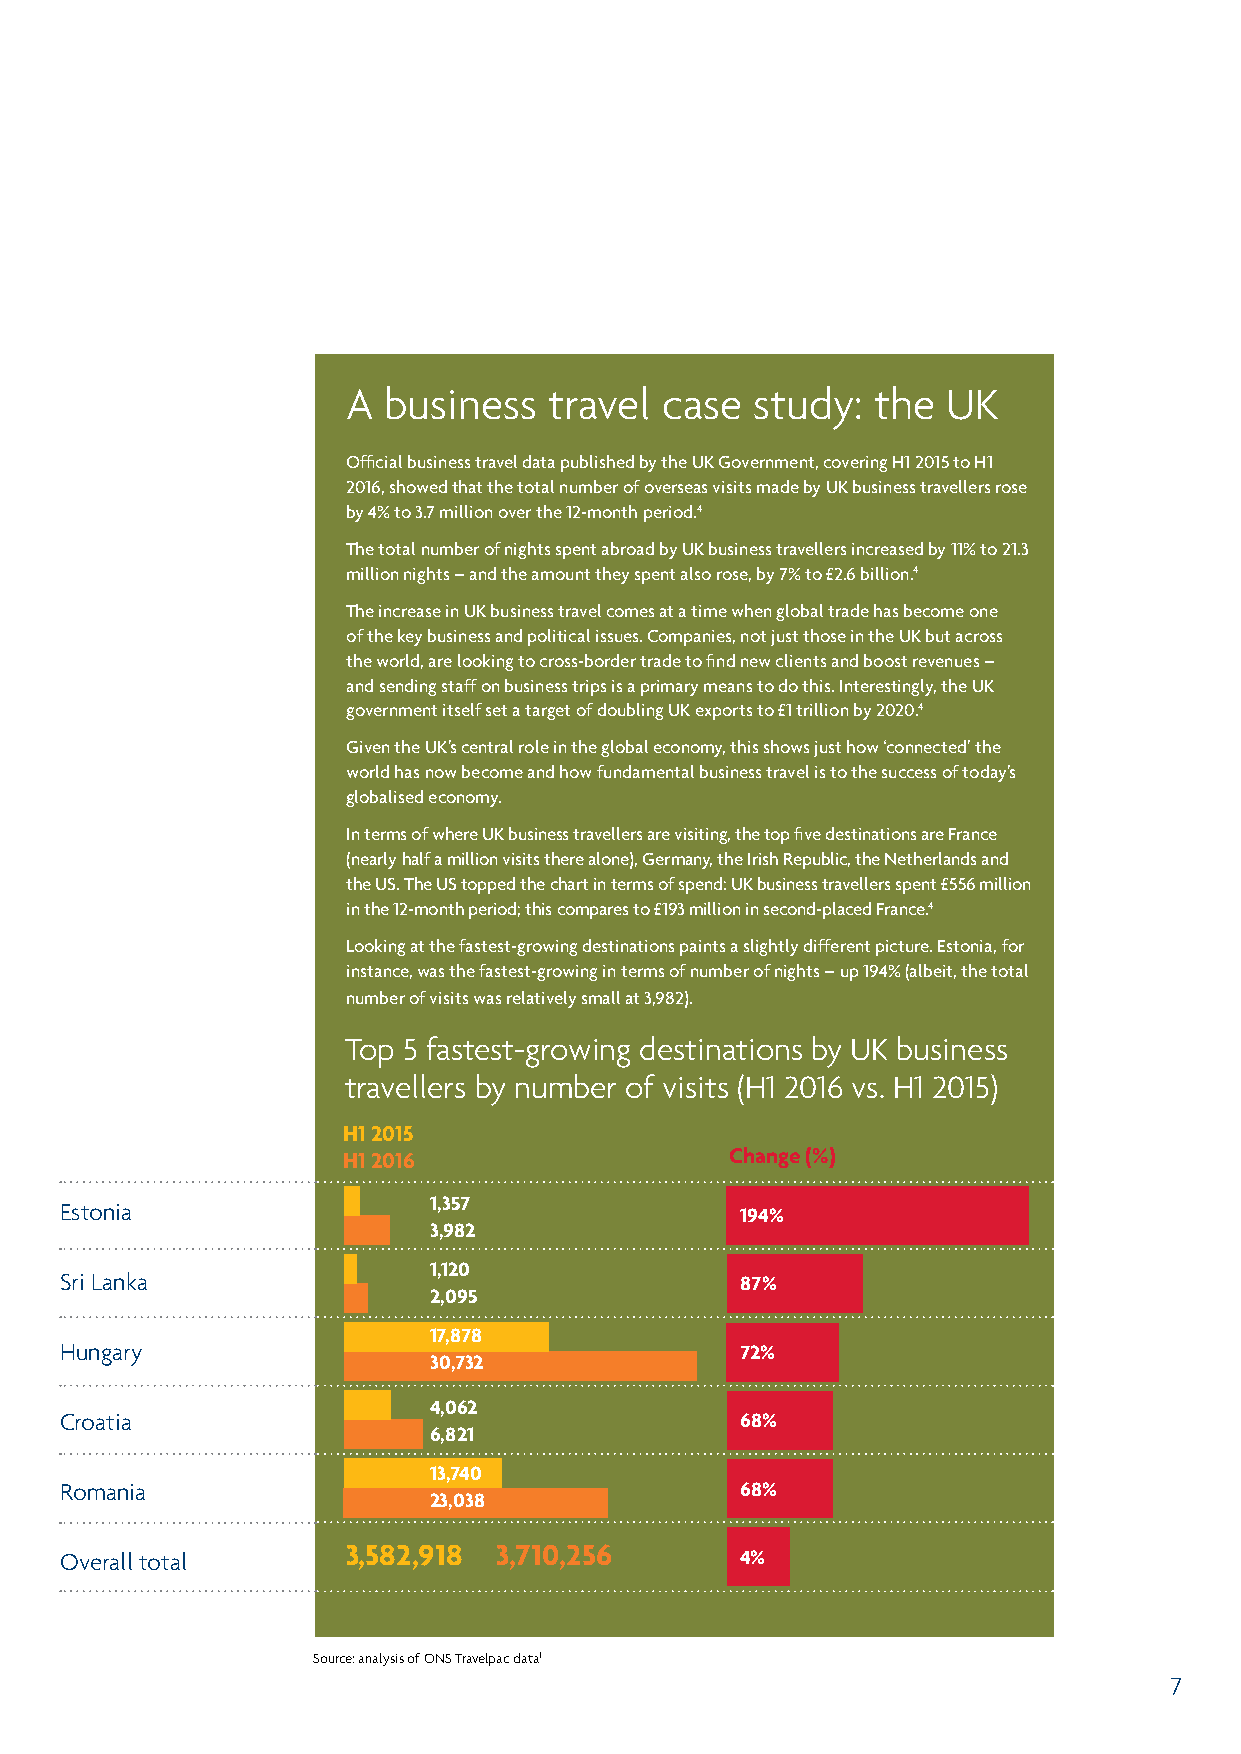
A business   travel  case  study:  the  UK
 Official business travel data published by the UK Government, covering H1 2015 to H1
 2016, showed that the total number of overseas visits made by UK business travellers rose
 by 4% to 3.7 million over the 12-month period.4
 The total number of nights spent abroad by UK business travellers increased by 11% to 21.3
 million nights – and the amount they spent also rose, by 7% to £2.6 billion.4
 The increase in UK business travel comes at a time when global trade has become one
 of the key business and political issues. Companies, not just those in the UK but across
 the world, are looking to cross-border trade to find new clients and boost revenues –
 and sending staff on business trips is a primary means to do this. Interestingly, the UK
 government itself set a target of doubling UK exports to £1 trillion by 2020.4
 Given the UK’s central role in the global economy, this shows just how ‘connected’ the
 world has now become and how fundamental business travel is to the success of today’s
 globalised economy.
 In terms of where UK business travellers are visiting, the top five destinations are France
 (nearly half a million visits there alone), Germany, the Irish Republic, the Netherlands and
 the US. The US topped the chart in terms of spend: UK business travellers spent £556 million
 in the 12-month period; this compares to £193 million in second-placed France.4
 Looking at the fastest-growing destinations paints a slightly different picture. Estonia, for
 instance, was the fastest-growing in terms of number of nights – up 194% (albeit, the total
 number of visits was relatively small at 3,982).
 Top 5 fastest-growing destinations by UK business
 travellers by number of visits (H1 2016 vs. H1 2015)
 H1 2015
 H1 2016                  Change (%)
 1,357
 Estonia                                      194%
 3,982
 1,120
 Sri Lanka                                    87%
 2,095
 17,878
 Hungary                                      72%
 30,732
 4,062
 Croatia                                      68%
 6,821
 13,740
 Romania                                      68%
 23,038
 3,582,918 3,710,256
 Overall total                                4%
 Source: analysis of ONS Travelpac data1
 7